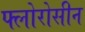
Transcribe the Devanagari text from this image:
फ्लोरोसीन